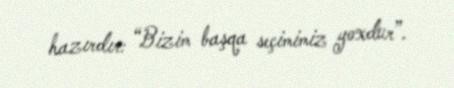
hazırdır: “Bizim başqa seçimimiz yoxdur”.